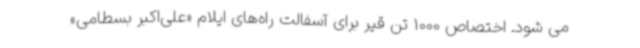
می شود. اختصاص 1000 تن قیر برای آسفالت راه‌های ایلام «علی‌اکبر بسطامی»